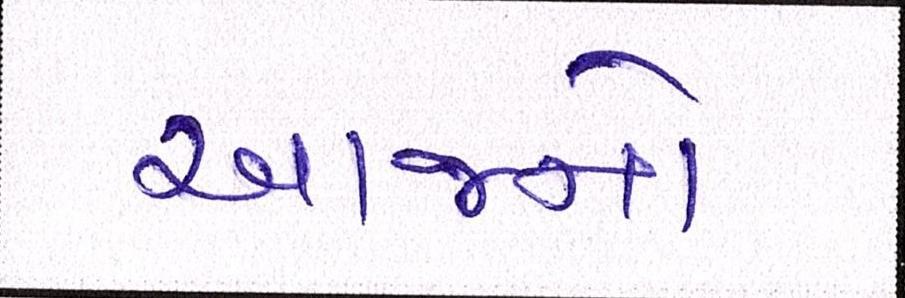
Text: આજનો